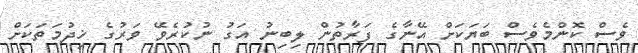
ވެސް ކޮންމެވެސް ބަޔަކަށް އޭނާގެ ފަރާތުން ލިބިނު އަގު ނުކުރެވޭ ވަރުގެ ޚިދުމަތަކަށް